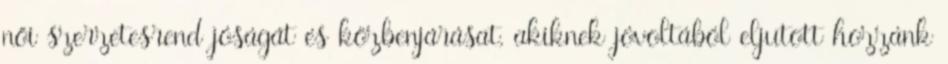
női szerzetesrend jóságát és közbenjárásat, akiknek jóvoltából eljutott hozzánk